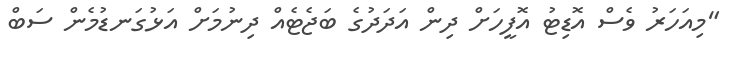
"މިއަހަރު ވެސް އޮޑިޓު އޮފީހަށް ދިން އަދަދުގެ ބަޖެޓެއް ދިނުމަށް އަޅުގަނޑުމެން ސަބް